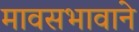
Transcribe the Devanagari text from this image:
मावसभावाने